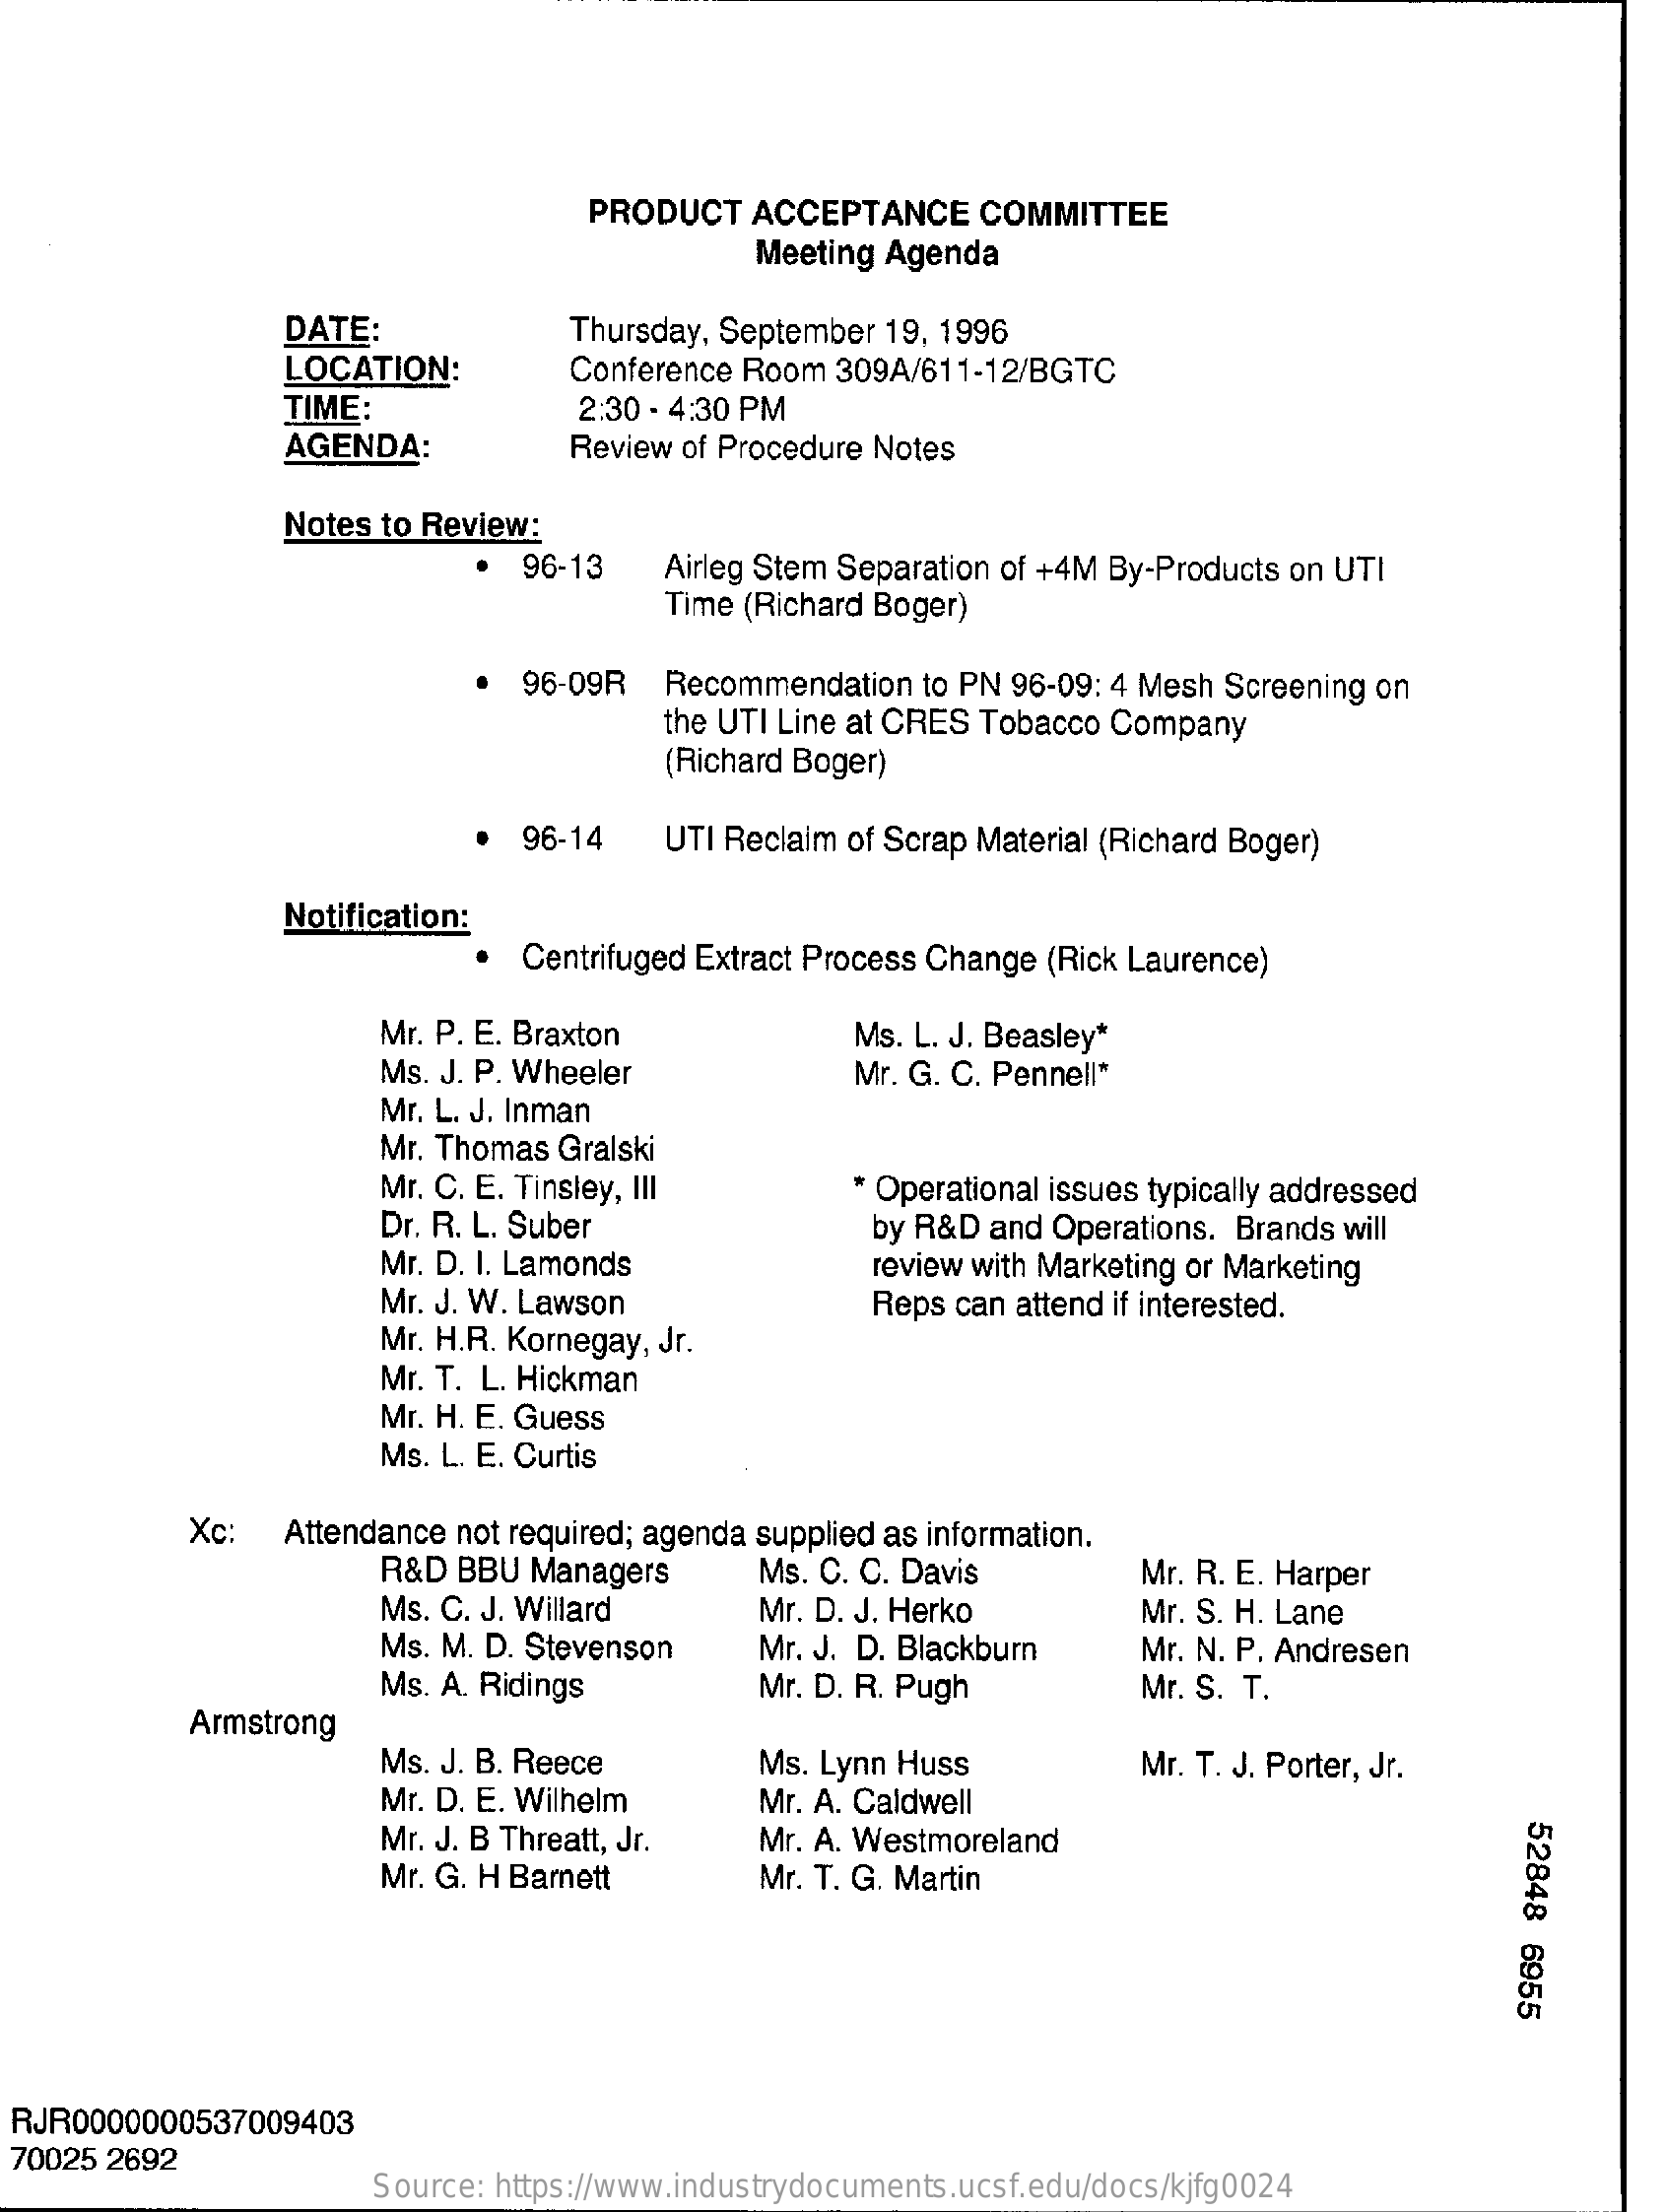
PRODUCT   ACCEPTANCE    COMMITTEE
     Meeting Agenda
     DATE:    Thursday, September 19, 1996
     LOCATION:    Conference Room  309A/611-12/BGTC
     TIME:    2:30 - 4:30 PM
     AGENDA:    Review of Procedure Notes
     Notes to Review:
     96-13    Airleg Stem Separation of +4M By-Products on UTI
     Time (Richard Boger)
     96-09R   Recommendation  to PN 96-09: 4 Mesh Screening on
     the UTI Line at CRES Tobacco Company
     (Richard Boger)
     96-14    UTI Reclaim of Scrap Material (Richard Boger)
     Notification:
     Centrifuged Extract Process Change (Rick Laurence)
     Mr. P. E. Braxton    Ms. L. J. Beasley*
     Ms. J. P. Wheeler    Mr. G. C. Pennell*
     Mr. L. J. Inman
     Mr. Thomas Gralski
     Mr. C. E. Tinsley, III    * Operational issues typically addressed
     Dr. R. L. Suber    by R&D and  Operations. Brands will
     Mr. D. I. Lamonds    review with Marketing or Marketing
     Mr. J. W. Lawson
     Mr. H.R. Kornegay, Jr.
     Reps can attend if interested.
     Mr. T. L. Hickman
     Mr. H. E. Guess
     Ms. L. E. Curtis
     Xc:   Attendance not required; agenda supplied as information.
     R&D BBU  Managers    Ms. C. C. Davis    Mr. R. E. Harper
     Ms. C. J. Willard    Mr. D. J. Herko    Mr. S. H. Lane
     Ms. M. D. Stevenson    Mr. J. D. Blackburn    Mr. N. P. Andresen
     Ms. A. Ridings    Mr. D. R. Pugh    Mr. S. T.
     Armstrong
     Ms. J. B. Reece    Ms. Lynn Huss    Mr. T. J. Porter, Jr.
     Mr. D. E. Wilhelm    Mr. A. Caldwell
     52848
     6955
     Mr. J. B Threatt, Jr.   Mr. A. Westmoreland
     Mr. G. H Barnett    Mr. T. G. Martin
  RJR0000000537009403
  70025 2692
     Source: https://www.industrydocuments.ucsf.edu/docs/kjfg0024